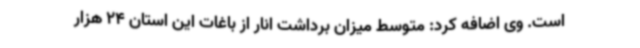
است. وی اضافه کرد: متوسط میزان برداشت انار از باغات این استان 24 هزار